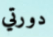
دورتي